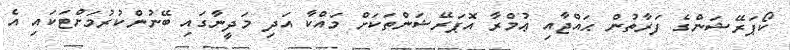
ކޯޕަރޭޝަންގެ ފަރާތުން ޙައްޖާއި ޢުމްރާ އޮޕަރޭޝަންތަކަށް މައްކާ އަދި މަދީނާގައި ބޭނުންކުރުމަށްޓަކައި އެ